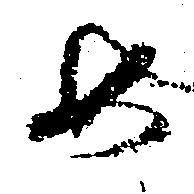
め